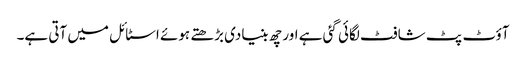
آؤٹ پٹ شافٹ لگائی گئی ہے اور چھ بنیادی بڑھتے ہوئے اسٹائل میں آتی ہے۔